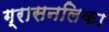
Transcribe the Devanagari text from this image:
ग्रासनलिका